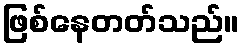
ဖြစ်နေတတ်သည်။